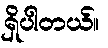
ရှိပါတယ်။